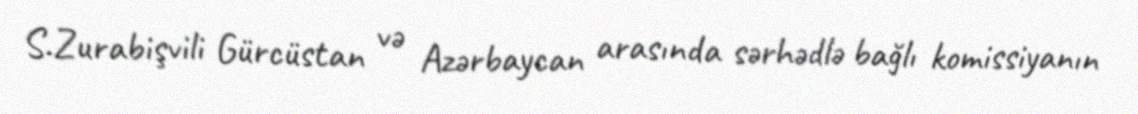
S.Zurabişvili Gürcüstan və Azərbaycan arasında sərhədlə bağlı komissiyanın